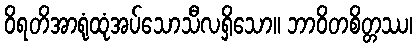
ဝိရတိအာရုံထုံအပ်သောသီလရှိသော။ ဘာဝိတစိတ္တဿ၊